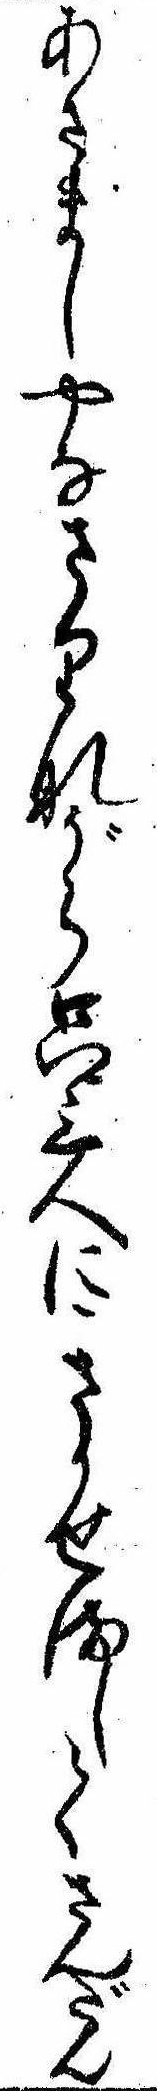
あさましやなさりながら只三人にきかせましてさんだん